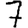
Digit: 7